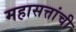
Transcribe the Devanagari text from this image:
महासत्तांची